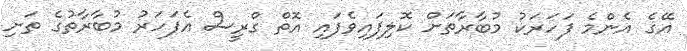
އޭގެ އެންމެ ފަހަރަކު މުބާރާތަށް ކޮލިފައިވެފައި އޮތް ގްރީސް އެފަހަރު މުބާރާތުގެ ތަށި